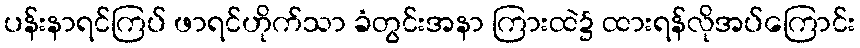
ပန်းနာရင်ကြပ် ဖာရင်ဟိုက်သာ ခံတွင်းအနာ ကြားထဲ၌ ထားရန်လိုအပ်ကြောင်း